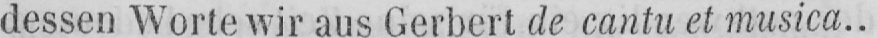
dessen Worte wir aus Gerbert de cantu et musica..